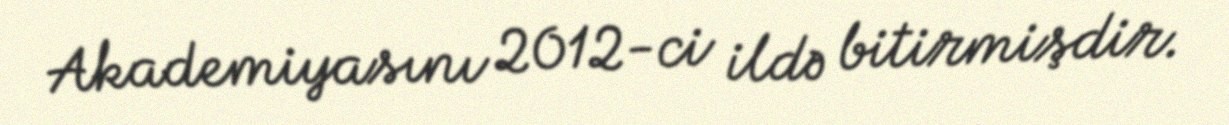
Akademiyasını 2012-ci ildə bitirmişdir.